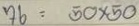
76 = 50 x 50